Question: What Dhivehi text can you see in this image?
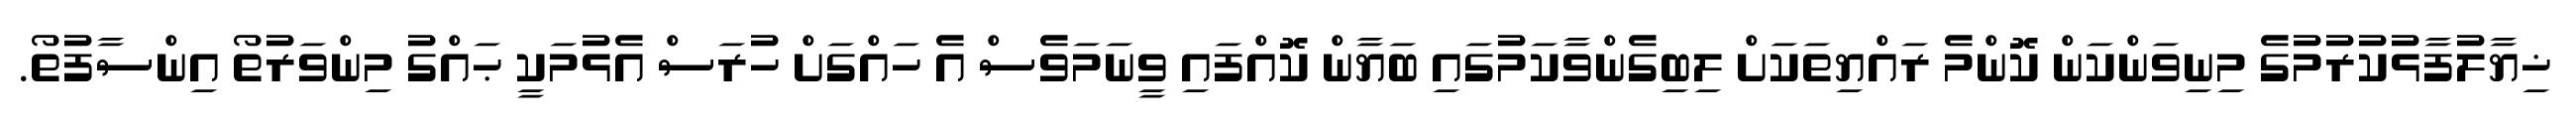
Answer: ޚިޔާލުފާޅުކުރުމުގެ މިނިވަންކަން ކޮންމެ ރައްޔިތަކަށް ލިބިގެންވާކަމުގައި ބަޔާން ކޮއްފައި ވީނަމަވެސް އެ ހައްގަށް ހުރަސް އެޅުމަކީ ޙައްގު މިންވަރުތޯ އިންސާފުތޯ.